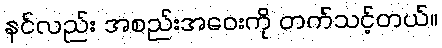
နင်လည်း အစည်းအဝေးကို တက်သင့်တယ်။